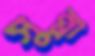
সুন্না